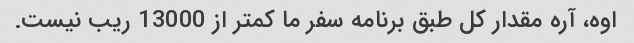
اوه، آره مقدار کل طبق برنامه سفر ما کمتر از 13000 ریب نیست.